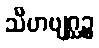
သီဟဗျဂ္ဃဉ္စ